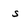
Character: s